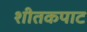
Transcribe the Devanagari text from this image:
शीतकपाट